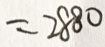
= 2 8 8 0